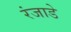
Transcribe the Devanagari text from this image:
रंजाडे